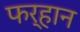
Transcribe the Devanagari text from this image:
फर्हान